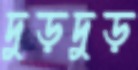
দুড়দুড়